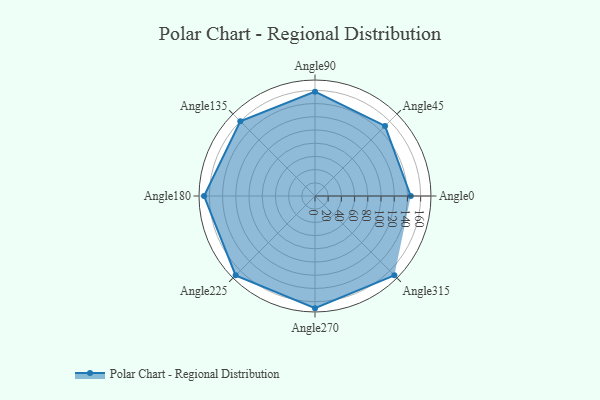
{"axis": {"x": "Angle", "y": "Radius"}, "legend": [""], "data": [{"x": "Angle0", "y": 145.0, "type": ""}, {"x": "Angle45", "y": 150.0, "type": ""}, {"x": "Angle90", "y": 158.0, "type": ""}, {"x": "Angle135", "y": 160.0, "type": ""}, {"x": "Angle180", "y": 168.0, "type": ""}, {"x": "Angle225", "y": 170, "type": ""}, {"x": "Angle270", "y": 170, "type": ""}, {"x": "Angle315", "y": 170, "type": ""}]}